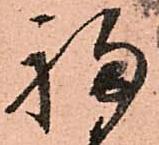
福